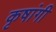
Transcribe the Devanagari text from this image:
कृषांगी